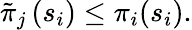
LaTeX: \tilde{\pi}_{j}\left(s_{i}\right)\leq\pi_{i}(s_{i}).